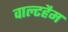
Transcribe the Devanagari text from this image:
वाल्टहैम